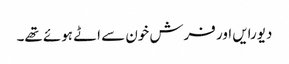
دیورایں اور فرش خون سے اٹے ہوئے تھے۔